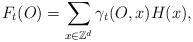
\begin{align*}F_t(O)=\sum_{x\in \mathbb{Z}^d}\gamma_t(O,x)H(x),\end{align*}